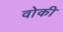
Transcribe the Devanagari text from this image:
वोकी